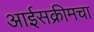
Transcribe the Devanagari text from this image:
आईसक्रीमचा